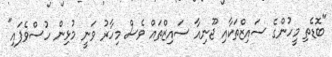
"ބޮޑެތި މީހުންގެ ސައިޒްތަކާއި ޖޫނިއާ ސައިޒްތައް ވެސް މިހާރު ވަނީ މުޅިން ހުސްވެފައި"